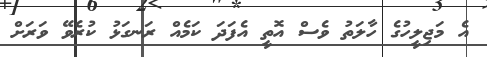
އެ މަޖިލީހުގެ ހާލަތު ވެސް އޮތީ އެފަދަ ކަމެއް ރަނގަޅު ކުރެވޭ ވަރަށް